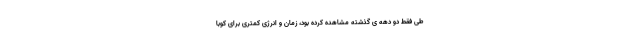
طی فقط دو دهه ی گذشته مشاهده کرده بود، زمان و انرژی کمتری برای کوبا